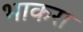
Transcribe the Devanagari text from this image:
भाकरा